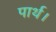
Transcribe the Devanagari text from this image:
पार्थ।